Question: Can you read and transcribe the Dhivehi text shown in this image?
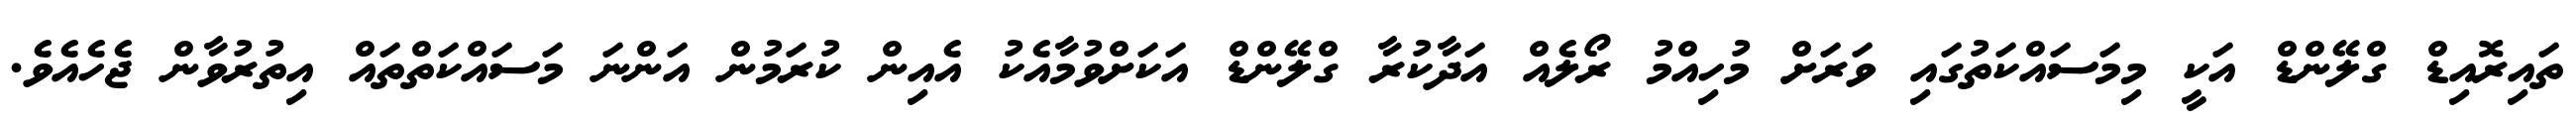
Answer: ތައިރޮއިޑް ގްލޭންޑް އަކީ މިމަސައްކަތުގައި ވަރަށް މުހިއްމު ރޯލެއް އަދާކުރާ ގްލޭންޑް އަކަށްވުމާއެކު އެއިން ކުރަމުން އަންނަ މަސައްކަތްތައް އިތުރުވާން ޖެހެއެވެ.